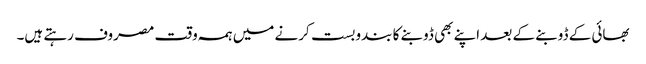
بھائی کے ڈوبنے کے بعد اپنے بھی ڈوبنے کا بندوبست کرنے میں ہمہ وقت مصروف رہتے ہیں۔